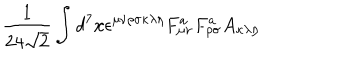
\frac { 1 } { 2 4 \sqrt { 2 } } \int d ^ { 7 } x \epsilon ^ { \mu \nu \rho \sigma \kappa \lambda \eta } F _ { \mu \nu } ^ { a } F _ { \rho \sigma } ^ { a } A _ { \kappa \lambda \eta }